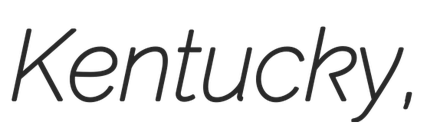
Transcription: Kentucky,